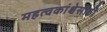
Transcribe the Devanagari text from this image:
महत्वकांक्षेसाठी